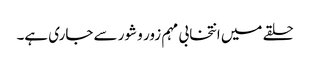
حلقے میں انتخابی مہم زور و شور سے جاری ہے۔